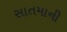
સાતમાની